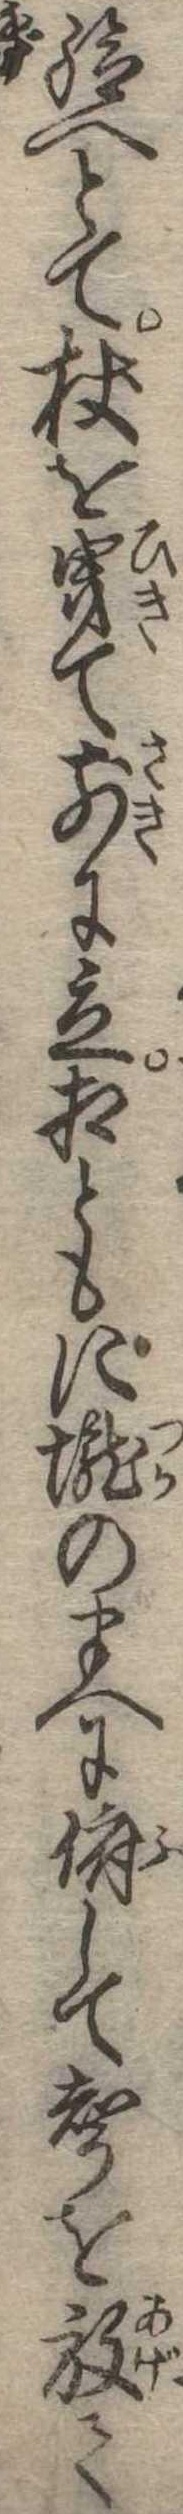
給へとて杖を曳て前に立相ともに壟のまへに俯して声を放て